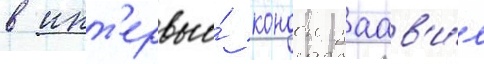
в инт'ервью́ кондон заав'и́л